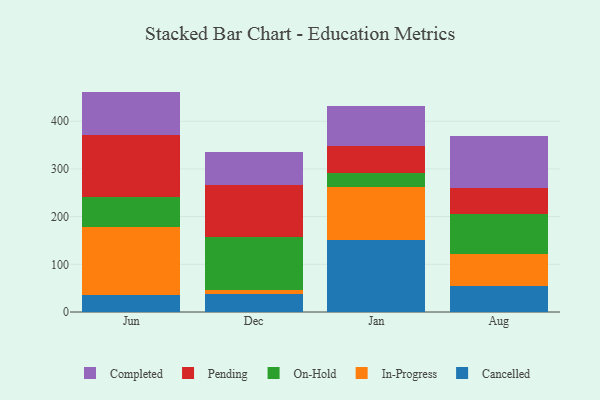
{"axis": {"x": "Month", "y": "Backlog"}, "legend": ["Cancelled", "Completed", "In-Progress", "On-Hold", "Pending"], "data": [{"x": "Jun", "y": 35.2, "type": "Cancelled"}, {"x": "Jun", "y": 142.3, "type": "In-Progress"}, {"x": "Jun", "y": 63.8, "type": "On-Hold"}, {"x": "Jun", "y": 130.0, "type": "Pending"}, {"x": "Jun", "y": 90.8, "type": "Completed"}, {"x": "Dec", "y": 38.7, "type": "Cancelled"}, {"x": "Dec", "y": 6.5, "type": "In-Progress"}, {"x": "Dec", "y": 112.8, "type": "On-Hold"}, {"x": "Dec", "y": 108.1, "type": "Pending"}, {"x": "Dec", "y": 69.5, "type": "Completed"}, {"x": "Jan", "y": 151.5, "type": "Cancelled"}, {"x": "Jan", "y": 110.4, "type": "In-Progress"}, {"x": "Jan", "y": 29.2, "type": "On-Hold"}, {"x": "Jan", "y": 57.9, "type": "Pending"}, {"x": "Jan", "y": 83.3, "type": "Completed"}, {"x": "Aug", "y": 55.0, "type": "Cancelled"}, {"x": "Aug", "y": 65.8, "type": "In-Progress"}, {"x": "Aug", "y": 83.7, "type": "On-Hold"}, {"x": "Aug", "y": 54.5, "type": "Pending"}, {"x": "Aug", "y": 109.7, "type": "Completed"}]}